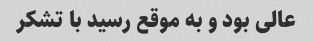
عالی بود و به موقع رسید با تشکر